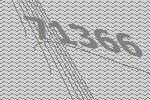
71366